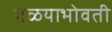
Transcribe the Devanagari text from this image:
गळयाभोवती